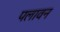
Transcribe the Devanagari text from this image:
पलावन